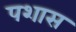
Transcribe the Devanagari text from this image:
पशास